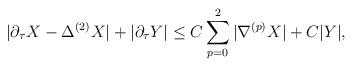
LaTeX: \begin{align*}|\partial_{\tau}X - \Delta^{(2)} X| + \left|\partial_{\tau} Y\right| \leq C\sum_{p=0}^2|\nabla^{(p)} X| + C|Y|,\end{align*}